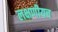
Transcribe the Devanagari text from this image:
लक्षणीयच